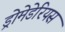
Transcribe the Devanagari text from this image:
ड्रोमेडेरियस